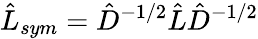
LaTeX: \hat{L}_{sym}=\hat{D}^{-1/2}\hat{L}\hat{D}^{-1/2}